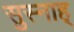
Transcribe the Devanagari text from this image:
सुस्नाह्